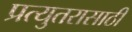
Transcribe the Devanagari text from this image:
प्रत्युतरासाठी